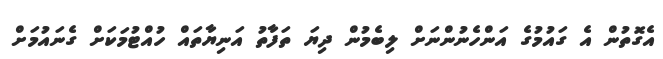
އެގޮތުން އެ ގައުމުގެ އަންހެނުންނަށް ލިބެމުން ދިޔަ ތަފާތު އަނިޔާތައް ހުއްޓުމަކަށް ގެނައުމަށް